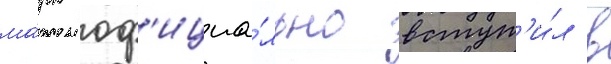
ма́рк оф'ициа́льно вступ'и́л в